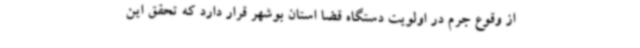
از وقوع جرم در اولویت دستگاه قضا استان بوشهر قرار دارد که تحقق این